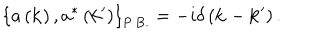
\left\{ a \left( { \bf k } \right) , a ^ { \ast } \left( { \bf k ^ { \prime } } \right) \right\} _ { \mathrm { P . B . } } = - i \delta \left( { \bf k } - { \bf k ^ { \prime } } \right) .